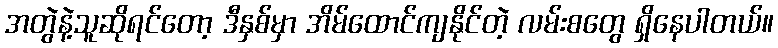
အတွဲနဲ့သူဆိုရင်တော့ ဒီနှစ်မှာ အိမ်ထောင်ကျနိုင်တဲ့ လမ်းစတွေ ရှိနေပါတယ်။